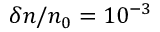
\delta n / n _ { 0 } = 1 0 ^ { - 3 }